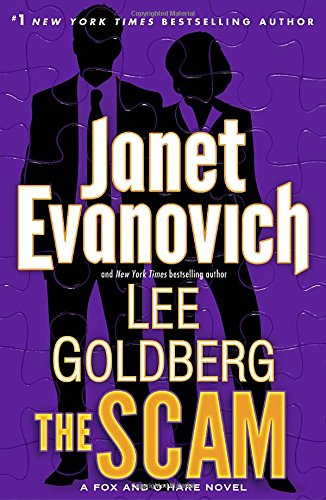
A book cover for The Scam: A Fox and O'Hare Novel; Janet Evanovich; Mystery, Thriller & Suspense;